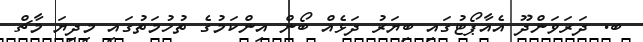
ބ. ދަރަވަންދޫ އެއާޕޯޓުގައި ބިޔަރު ދަޅެއް ބޯން އިންކަމުގެ ތުހުމަތުގައި މިދިޔަ މާޗް